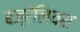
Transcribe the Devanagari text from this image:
बज्रेलियस